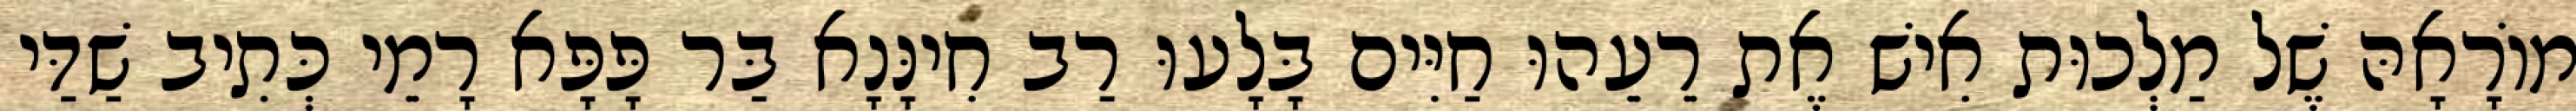
מוֹרָאָהּ שֶׁל מַלְכוּת אִישׁ אֶת רֵעֵהוּ חַיִּים בָּלָעוּ רַב חִינָּנָא בַּר פָּפָּא רָמֵי כְּתִיב שַׁדַּי